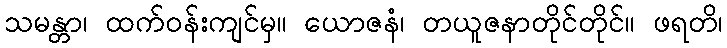
သမန္တာ၊ ထက်ဝန်းကျင်မှ။ ယောဇနံ၊ တယူဇနာတိုင်တိုင်။ ဖရတိ၊